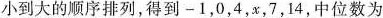
小到大的顺序排列，得到 -1，0，4，x，7，14，中位数为